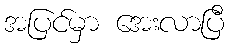
အပြင်မှာ အေးလာပြီ